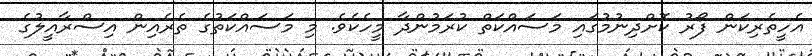
އެހީތެރިކަން ފޯރު ކޮށްދިނުމުގައި މަސައްކަތް ކުރަމުންދާ މީހެކެވެ. މި މަސައްކަތުގެ ތެރެއިން އިސްރާއީލުގެ